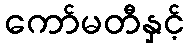
ကော်မတီနှင့်